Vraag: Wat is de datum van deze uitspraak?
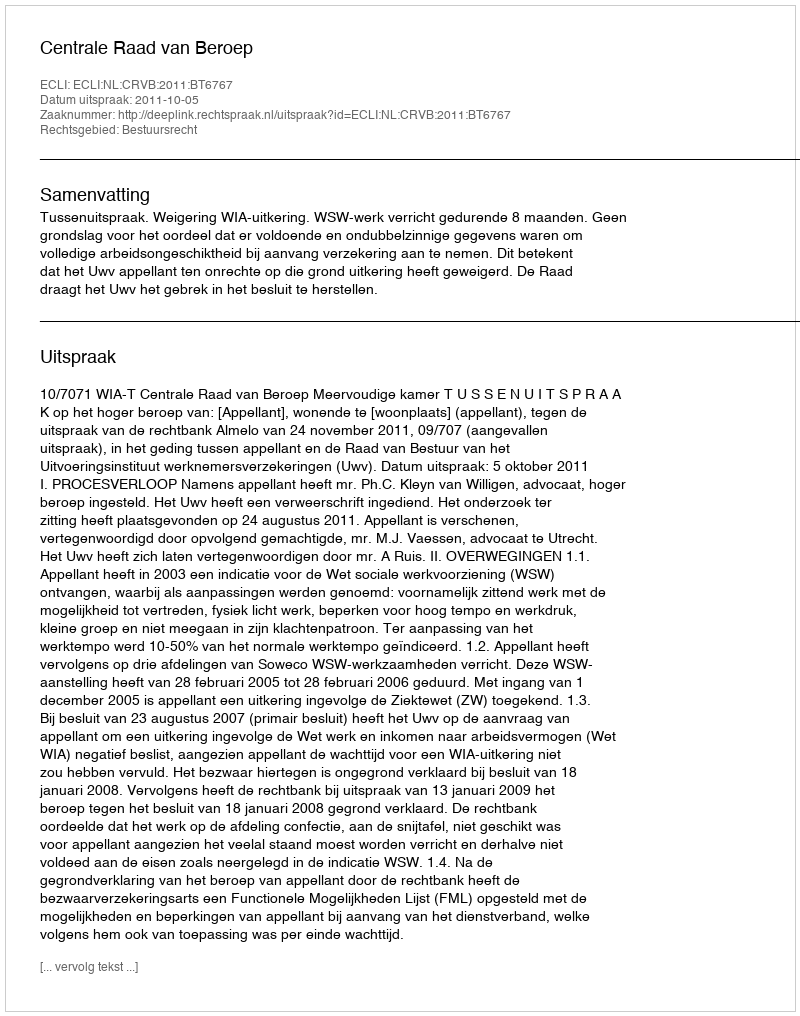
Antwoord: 2011-10-05